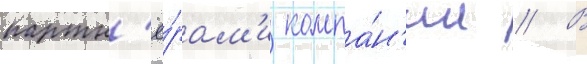
партн'ё́рам'и компа́н'ии // В